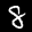
Label: 8